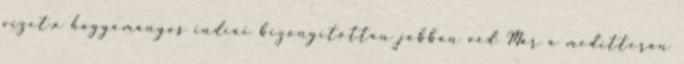
vizet,a hagyományos indiai bizonyítottan jobban véd Már a meditterán